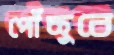
পৌঁছুবে